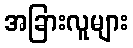
အခြားလူများ